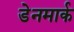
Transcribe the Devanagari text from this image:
डेेनमार्क